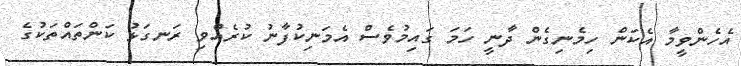
އެހެންވީމާ އެކަން ހިމެނިގެން ދާނީ ހަމަ ގައިމުވެސް އެމަނިކުފާނު ކުރެއްވި ރަނގަޅު ކަންތައްތަކުގެ